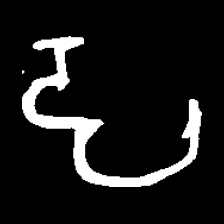
Pyu character \u2014 Myanmar letter: ဠ (romanized: lla)